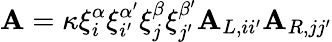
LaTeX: \mathbf{A}=\kappa\xi_{i}^{\alpha}\xi_{i^{\prime}}^{\alpha^{\prime}}\xi_{j}^{\beta}\xi_{j^{\prime}}^{\beta^{\prime}}\mathbf{A}_{L,ii^{\prime}}\mathbf{A}_{R,jj^{\prime}}